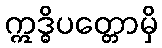
ဣဒ္ဓိပတ္တောမှိ